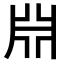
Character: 𣶒